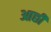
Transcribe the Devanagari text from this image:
आछी